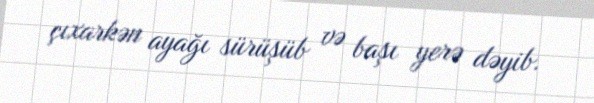
çıxarkən ayağı sürüşüb və başı yerə dəyib.